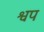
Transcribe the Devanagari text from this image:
श्वप